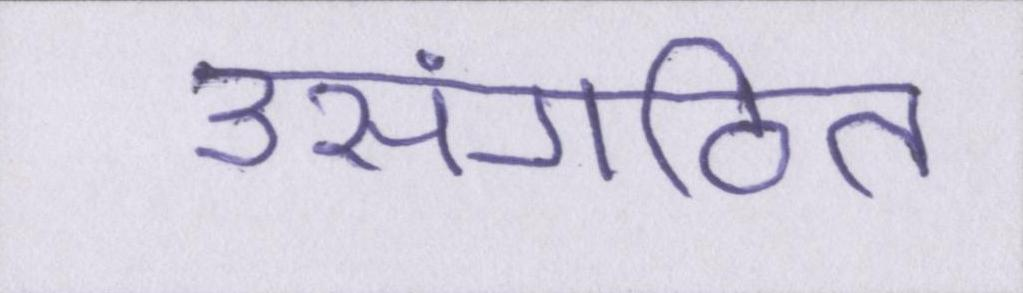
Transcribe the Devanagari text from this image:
असंगठित